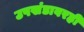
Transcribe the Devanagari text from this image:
उपखंडावरही